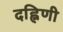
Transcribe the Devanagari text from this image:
दह्निणी